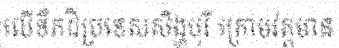
លើទឹកដីប្រទេសសិង្ហបុរី ក្រោមវត្តមាន